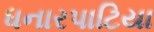
ધનારપાટિયા